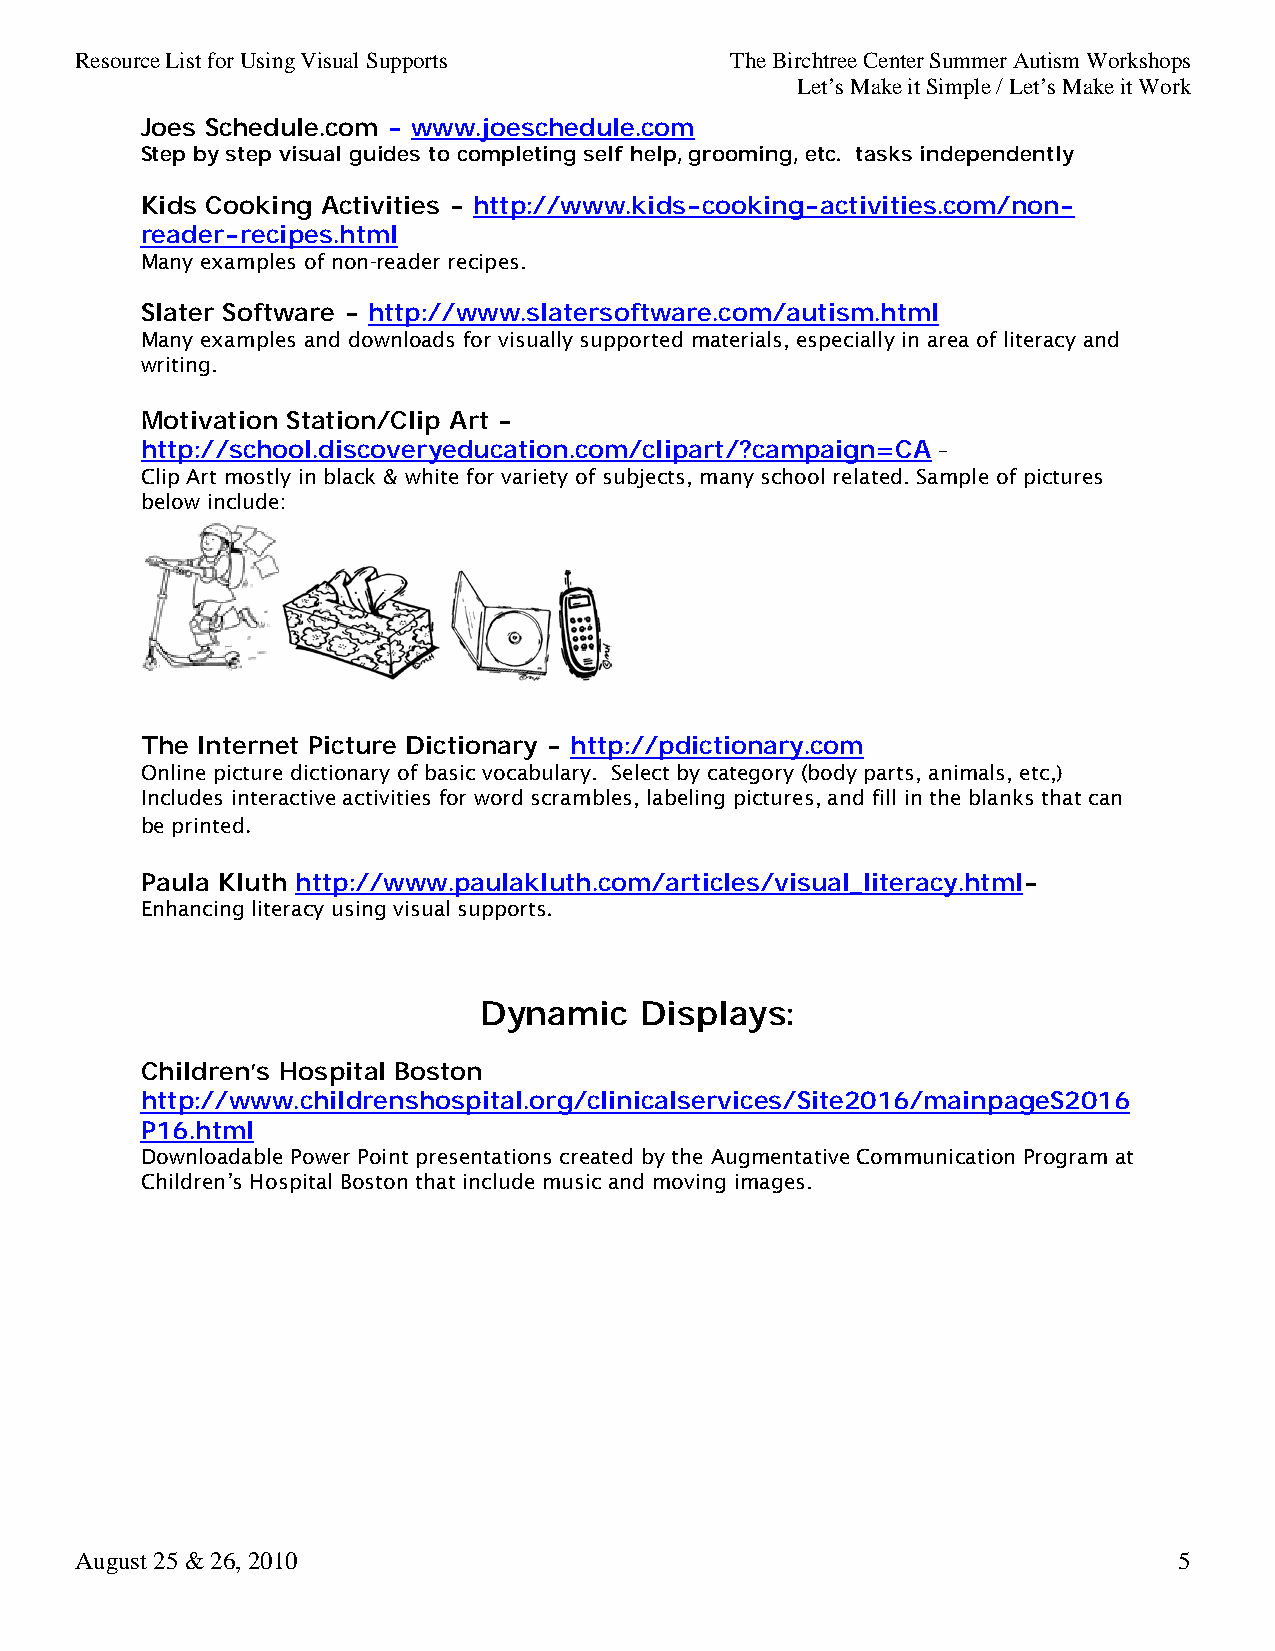
Resource List for Using Visual Supports    The Birchtree Center Summer Autism Workshops
 Let’s Make it Simple / Let’s Make it Work
 Joes Schedule.com - www.joeschedule.com
 Step by step visual guides to completing self help, grooming, etc. tasks independently
 Kids Cooking Activities - http://www.kids-cooking-activities.com/non-
 reader-recipes.html
 Many examples of non-reader recipes.
 Slater Software - http://www.slatersoftware.com/autism.html
 Many examples and downloads for visually supported materials, especially in area of literacy and
 writing.
 Motivation Station/Clip Art -
 –
 http://school.discoveryeducation.com/clipart/?campaign=CA
 Clip Art mostly in black & white for variety of subjects, many school related. Sample of pictures
 below include:
 The Internet Picture Dictionary - http://pdictionary.com
 Online picture dictionary of basic vocabulary. Select by category (body parts, animals, etc,)
 Includes interactive activities for word scrambles, labeling pictures, and fill in the blanks that can
 be printed
 .
 Paula Kluth http://www.paulakluth.com/articles/visual_literacy.html-
 Enhancing literacy using visual supports
 .
 Dynamic   Displays:
 Children’s Hospital Boston
 http://www.childrenshospital.org/clinicalservices/Site2016/mainpageS2016
 P16.html
 Downloadable Power Point presentations created by the Augmentative Communication Program at
 Children’s Hospital Boston that include music and moving images.
 August 25 & 26, 2010                                                     5